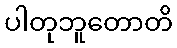
ပါတုဘူတောတိ